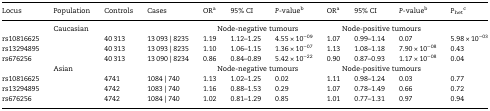
<table><thead><tr><td><b>Locus</b></td><td><b>Population</b></td><td><b>Controls</b></td><td><b>Cases</b></td><td><b>OR<sup>a</sup></b></td><td><b>95% CI</b></td><td><b><i>P</i>-value<sup>b</sup></b></td><td><b>OR<sup>a</sup></b></td><td><b>95% CI</b></td><td><b><i>P</i>-value<sup>b</sup></b></td><td><b><i>P</i><sub>het</sub><sup>c</sup></b></td></tr></thead><tbody><tr><td></td><td>Caucasian</td><td></td><td></td><td colspan="3">Node-negative tumours</td><td colspan="3">Node-positive tumours</td><td></td></tr><tr><td>rs10816625</td><td></td><td>40 313</td><td>13 093 | 8235</td><td>1.19</td><td>1.12–1.25</td><td>4.55 × 10<sup>−09</sup></td><td>1.07</td><td>0.99–1.14</td><td>0.07</td><td>5.98 × 10<sup>−03</sup></td></tr><tr><td>rs13294895</td><td></td><td>40 313</td><td>13 093 | 8235</td><td>1.10</td><td>1.06–1.15</td><td>1.36 × 10<sup>−07</sup></td><td>1.13</td><td>1.08–1.18</td><td>7.90 × 10<sup>−08</sup></td><td>0.43</td></tr><tr><td>rs676256</td><td></td><td>40 313</td><td>13 090 | 8234</td><td>0.86</td><td>0.84–0.89</td><td>5.42 × 10<sup>−22</sup></td><td>0.90</td><td>0.87–0.93</td><td>1.17 × 10<sup>−08</sup></td><td>0.04</td></tr><tr><td></td><td>Asian</td><td></td><td></td><td colspan="3">Node-negative tumours</td><td colspan="3">Node-positive tumours</td><td></td></tr><tr><td>rs10816625</td><td></td><td>4741</td><td>1084 | 740</td><td>1.13</td><td>1.02–1.25</td><td>0.02</td><td>1.11</td><td>0.98–1.24</td><td>0.03</td><td>0.77</td></tr><tr><td>rs13294895</td><td></td><td>4742</td><td>1083 | 740</td><td>1.16</td><td>0.88–1.53</td><td>0.29</td><td>1.07</td><td>0.78–1.49</td><td>0.66</td><td>0.72</td></tr><tr><td>rs676256</td><td></td><td>4742</td><td>1084 | 740</td><td>1.02</td><td>0.81–1.29</td><td>0.85</td><td>1.01</td><td>0.77–1.31</td><td>0.97</td><td>0.94</td></tr></tbody></table>